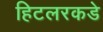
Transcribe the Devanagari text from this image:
हिटलरकडे